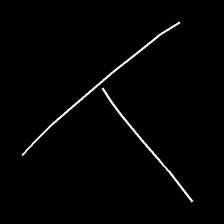
Glyph: column